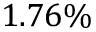
1 . 7 6 \%